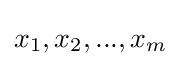
x_{1},x_{2},...,x_{m}